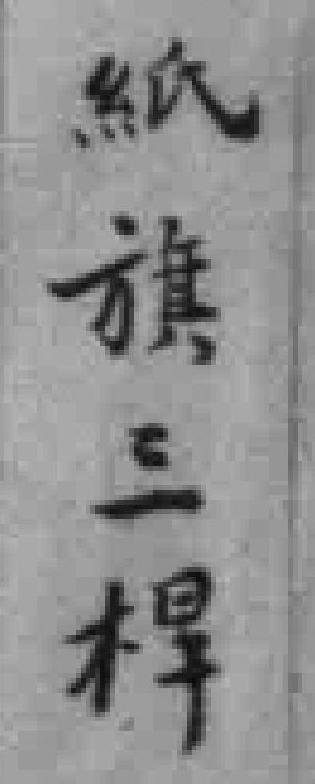
紙旗三桿